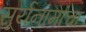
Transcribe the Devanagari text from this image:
सूर्यनामांचा